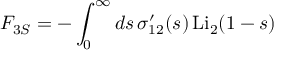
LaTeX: F _ { 3 S } = - \int _ { 0 } ^ { \infty } d s \, \sigma _ { 1 2 } ^ { \prime } ( s ) \, \mathrm { L i } _ { 2 } ( 1 - s )